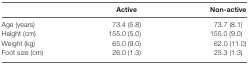
<table><thead><tr><td></td><td><b>Active</b></td><td><b>Non-active</b></td></tr></thead><tbody><tr><td>Age (years)</td><td>73.4 (5.8)</td><td>73.7 (8.1)</td></tr><tr><td>Height (cm)</td><td>155.0 (5.0)</td><td>155.0 (9.0)</td></tr><tr><td>Weight (kg)</td><td>65.0 (9.0)</td><td>62.0 (11.0)</td></tr><tr><td>Foot size (cm)</td><td>26.0 (1.3)</td><td>25.3 (1.3)</td></tr></tbody></table>